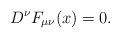
\begin{align*}D^\nu F_{\mu\nu}(x) = 0.\end{align*}